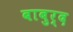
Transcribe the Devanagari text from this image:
बाबुर्द